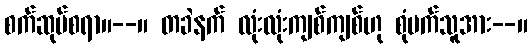
စက်ဆုပ်စရာ။--။ တခဲနက် လုံးလုံးကျစ်ကျစ်ဟု စုံမက်သူအား--။